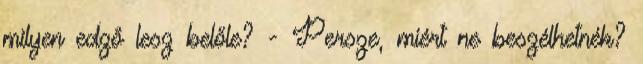
milyen edző lesz belőle? - Persze, miért ne beszélhetnék?